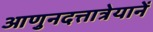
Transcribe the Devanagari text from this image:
आणुनदत्तात्रेयानें